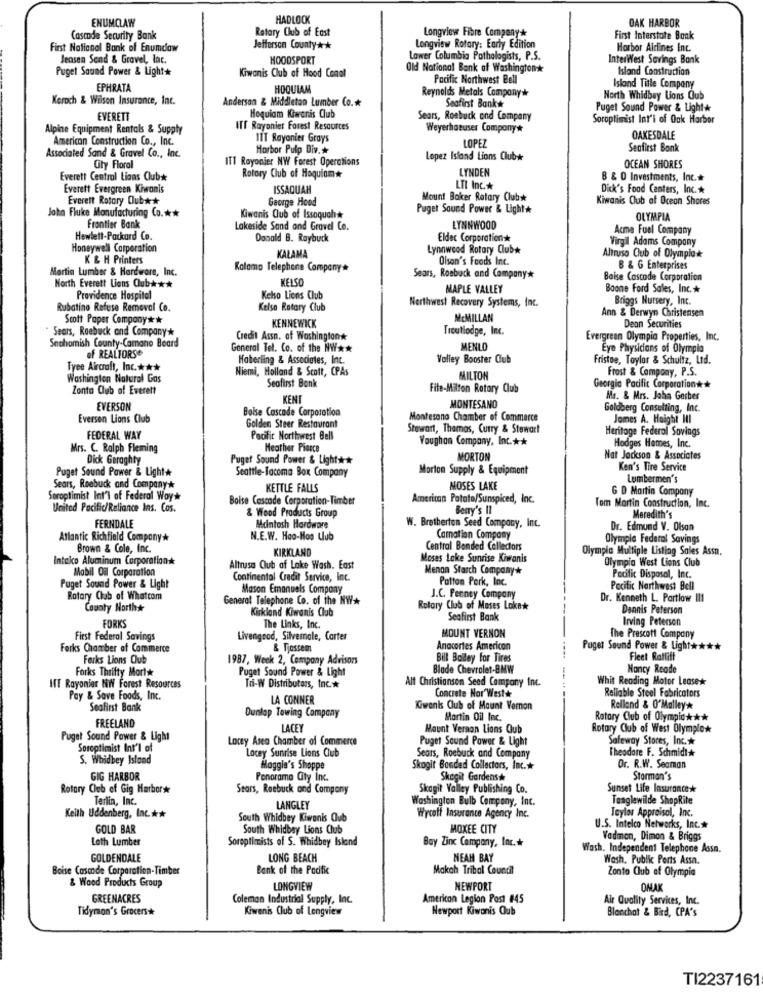
ENUMCLAW
HADLOCK
OAK HARBOR
Rotary Club of East
Longview Fibre Company*
Casade Security Bank
First Interstate Bank
First National Bank of Enumdaw
Jefferson County* *
Longview Rotory: Early Edition
Horbor Airlines Inc.
Jensen Send & Gravel, lac.
HOODSPORT
Lower Columbia Pathologists, P.S.
InterWest Savings Bank
Puget Sound Power & Light+
Kiwanis Club of Hood Canal
Old National Bank of Washingtonk
Island Construction
Pacific Northwest Bell
Island Title Company
EPHRATA
HOQUIAM
Reynolds Metals Company*
Koroch & Wilson Insurance, Inc.
Anderson & Middleton Lumber Co .*
Seafirst Bankw
North Whidbey Uons Oub
Puget Sound Power & Light+
EVERETT
Hoquiam Kiwanis Club
Sears, Roebuck ond Company
Soroptimist Int'l of Oak Harbor
Alpine Equipment Rentals & Supply
ITT Rayonier Forest Resources
Weyerhaeuser Company*
American Construction Co ., Inc.
ITT Rayonier Grays
LOPEZ
OAKESDALE
Horbor Pulp Div .*
Seafirst Bank
Associated Sand & Gravel Co ., Inc.
ITT Royonier NW Forest Operations
Lopez Island Lions Clubw
City Floral
LYNDEN
OCEAN SHORES
Everett Central Lions Club*
Rotary Club of Hoquiam*
B & D Investments, Inc .*
Everett Evergreen Kiwanis
ISSAQUAH
LTI Inc .*
Dick's Food Centers, Inc .*
Everett Rotary Club* *
George Hood
Mount Baker Rotary Club*
Kiwanis Club af Ocean Shores
Puget Sound Power & Light*
Joka Fluke Manufacturing Co .**
Kiwanis Club of Issaquah#
OLYMPIA
Frontier Bank
Lakeside Sand and Gravel Co.
LYNNWOOD
Acme Fuel Company
Hewlett-Packard Co.
Donald B. Raybuck
Eldec Corporationk
Honeywell Corporation
Lynnwood Rotary Club*
Virgil Adams Company
K & H Printers
KALAMA
Olson's Foods Inc.
Altruso Club of Olympiok
Martin Lumber & Hardware, Inc.
Kalamo Telephone Company*
B & G Enterprises
KELSO
Sears, Roebuck and Company*
Baise Cascade Corporation
North Everett Lions Oub ***
MAPLE VALLEY
Boone Ford Sales, Inc .*
Providence Hospital
Kelso Lions Club
Northwest Recovery Systems, Inc.
Briggs Nursery, Inc.
Rubatino Refuse Removal Co.
Kelse Rotary Club
Ann & Derwyn Christensen
Scott Poper Company **
MCMILLAN
Sears, Roebuck and Company*
KENNEWICK
Troutlodge, Inc.
Dean Securities
Credit Assn. of Washington*
Evergreen Olympia Properties, Inc.
Snohomish County-Camano Board
General Tel. Co. of the NW **
MENLO
Eye Physicians of Olympla
of REALTORS
Haberling & Associates, Inc.
Valley Booster Club
Fristoe, Taylor & Schultz, Ltd.
Tyee Aircraft, Inc .***
Niemi, Holland & Scott, CPAs
Frost & Company, P.S.
Washington Natural Gas
Seafirst Bank
MILTON
Zonta Club of Everett
Fite-Milton Rotary Club
Georgia Pacific Corporation* *
KENT
Mr. & Mrs. Jaha Gerbes
EVERSON
Boise Cascade Corporation
MONTESANO
Goldberg Consulting, Inc.
Eversen Lions Club
Montesano Chamber of Commerce
James A. Haight III
Golden Steer Restaurant
Stewart, Thomas, Curry & Stewart
Heritage Federal Savings
FEDERAL WAY
Pacific Northwest Bell
Voughon Company, Inc .**
Hodges Homes, Inc.
Mrs. C. Ralph Fleming
Heather Pierce
Dick Geraghty
Puget Sound Power & Light ***
MORTON
Nat Jackson & Associates
Puget Sound Power & Light#
Seattle-Tacoma Box Company
Morton Supply & Equipment
Ken's Tire Service
Lumbermen's
Sears, Roebuck and Company*
KETTLE FALLS
MOSES LAKE
Soroptimist Int'l of Federal Woy*
Boise Cescode Corporation-Timber
American Potato/Sunspiced, Inc.
Tom Martin Construction, Inc.
G D Martin Company
United Pacific/Reliance Ins. Cos.
& Wood Products Group
Berry's II
Meredith's
FERNDALE
Mcintosh Hardware
W. Brotherton Seed Company, Inc.
Dr. Edmund V. Olsan
Atlantic Richfield Company *
N.E.W. Hao-Nos Lub
Carnation Company
Olympic Federal Savings
Brown & Cole, Inc.
KIRKLAND
Central Bonded Collectors
Olympia Multiple Listing Sales Assn.
Intalco Aluminum Corporation*
Moses Lake Sunrise Kiwanis
Olympia West Lions Club
Mobil Oil Corporation
Altrusa Club of Lake Wash. East
Menon Starch Company*
Continental Credit Service, Inc.
Patton Pork, Inc.
Pacific Disposal, Inc.
Puget Sound Power & Light
Mason Emanuels Company
Pacific Northwest Bell
Rotary Club of Whatcom
General Telephone Co. of the NW*
J.C. Penney Company
Dr. Kenneth L. Partlow Il1
County North+
Kirkland Kiwanis Club
Rotary Club of Mases Lokek
Dannis Peterson
FORKS
Seafirst Bank
Irving Peterson
The Links, Inc.
First Federal Savings
Livengood, Silverale, Carter
MOUNT VERNON
The Prescott Company
Forks Chamber of Commerce
& Fossem
Anacortes American
Puget Sound Power & Light ****
Forks Lions Club
1987, Week 2, Company Advisors
Bill Bailey for Tires
Fleet Ratliff
Forks Thrifty Mortk
Puget Sound Power & Light
Blade Chevrolet-BMW
Nancy Reade
Alt Christiansen Seed Company Inc.
Whit Reading Motor Leasex
IT Rayonier Nil Forest Resources
Tri-W Distributors, Inc.
Reliable Steel Fabricators
Pay & Save Foods, Inc.
LA CONNER
Concrete Nor West&
Seafirst Bank
Dunlop Towing Company
Kiwank Club of Mount Vernon
Rolland & O'Malley*
Martin Oil Inc.
Rotary Club of Olympic ***
FREELAND
LACEY
Mount Vernon Lions Club
Rotary Club of West Olymplow
Puget Sound Power & Light
Lacey Area Chamber of Commerce
Puget Sound Power & Light
Safeway Stores, Inc.
Soroptimist Int'l of
Lacey Sunrise Lions Club
Theodore F. Schmidt
S. Whidbey Island
Sears, Roebuck and Company
Maggie's Shoppe
Skogit Bonded Collectors, Inc .*
Dr. R.W. Seaman
GIG HARBOR
Panorama Cty Inc.
Skegit Gardens
Storman's
Rotary Club of Gig Harbor*
Stars, Roebuck and Company
Skagit Valley Publishing Co.
Sunset Life Insurance *
Terlin, Inc.
Washington Bulb Company, Inc.
Tanglewilde ShopRite
LANGLEY
Taylor Appraisal, Inc.
Keith Uddenberg, Inc .**
South Whidbey Kiwanis Oub
Wycoff Insurance Agency Inc.
GOLD BAR
South Whidbey Lions Club
MOXEE CITY
U.S. Intelco Networks, Inc.
Loth Lumber
Soroptimists of S. Whidbey Island
Bay Zinc Company, Inc.
Vadmon, Dimon & Briggs
Wash, Independent Telephone Assa.
GOLDENDALE
LONG BEACH
NEAH BAY
Wash. Public Ports Assa.
Boise Cascode Corparation-Timber
Bank of the Pacific
Makah Tribal Coundl
Zonto Club of Olympia
& Wood Products Group
LONGVIEW
NEWPORT
OMAK
GREENACRES
Coleman Industrial Supply, Inc.
American Legion Post #45
Air Quality Services, Inc.
Tidymon's Grocers
Kiwanis Club of Longview
Newport Kiwanis Club
Blanchat & Bird, CPA's
TI2237161